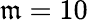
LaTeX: \mathfrak{m}=10